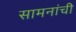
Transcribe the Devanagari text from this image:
सामनांची